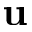
\mathbf { u }